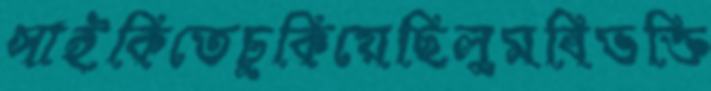
সাইকিতেচুকিয়েছিলুমবিভক্তি